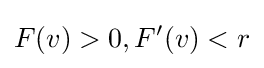
F(v)>0,F'(v)<r